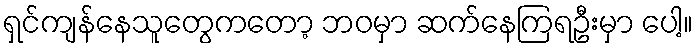
ရှင်ကျန်နေသူတွေကတော့ ဘဝမှာ ဆက်နေကြရဦးမှာ ပေါ့။